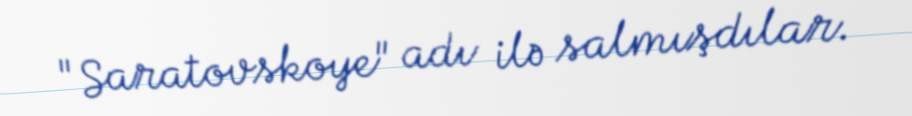
"Saratovskoye" adı ilə salmışdılar.